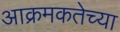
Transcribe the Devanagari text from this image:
आक्रमकतेच्या